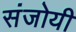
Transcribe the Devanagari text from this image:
संजोयी